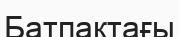
Батпақтағы